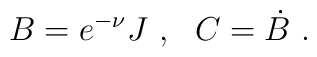
B = e^{-\nu} J\ , \ \ C=\dot B\ .